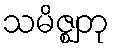
သမိဇ္ဈတု